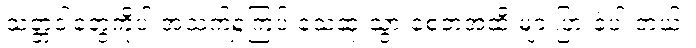
သတ္တဝါတွေကိုပါ အသက်ရှူကြပ် သေဆုံးသွားစေတဲ့အထိ များပြားခဲ့ပါ တယ်။